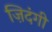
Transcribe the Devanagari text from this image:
ज़िदंगी